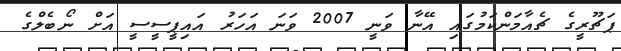
ޕަޗޫރީގެ ޗެއާމަންކަމުގައި އޭނާ ވަނީ 2007 ވަނަ އަހަރު އައިޕީސީސީ އަށް ނޯބެލްގެ